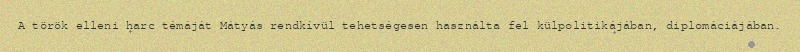
A török elleni harc témáját Mátyás rendkívül tehetségesen használta fel külpolitikájában, diplomáciájában.